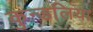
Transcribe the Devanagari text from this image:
कुन्डलिया